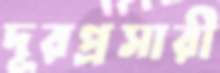
দূরপ্রসারী